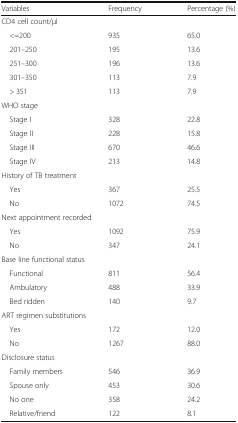
<table><thead><tr><td><b>Variables</b></td><td><b>Frequency</b></td><td><b>Percentage (%)</b></td></tr></thead><tbody><tr><td colspan="3">CD4 cell count/μl</td></tr><tr><td> &lt;=200</td><td>935</td><td>65.0</td></tr><tr><td> 201–250</td><td>195</td><td>13.6</td></tr><tr><td> 251–300</td><td>196</td><td>13.6</td></tr><tr><td> 301–350</td><td>113</td><td>7.9</td></tr><tr><td> &gt; 351</td><td>113</td><td>7.9</td></tr><tr><td colspan="3">WHO stage</td></tr><tr><td> Stage I</td><td>328</td><td>22.8</td></tr><tr><td> Stage II</td><td>228</td><td>15.8</td></tr><tr><td> Stage III</td><td>670</td><td>46.6</td></tr><tr><td> Stage IV</td><td>213</td><td>14.8</td></tr><tr><td colspan="3">History of TB treatment</td></tr><tr><td> Yes</td><td>367</td><td>25.5</td></tr><tr><td> No</td><td>1072</td><td>74.5</td></tr><tr><td colspan="3">Next appointment recorded</td></tr><tr><td> Yes</td><td>1092</td><td>75.9</td></tr><tr><td> No</td><td>347</td><td>24.1</td></tr><tr><td colspan="3">Base line functional status</td></tr><tr><td> Functional</td><td>811</td><td>56.4</td></tr><tr><td> Ambulatory</td><td>488</td><td>33.9</td></tr><tr><td> Bed ridden</td><td>140</td><td>9.7</td></tr><tr><td colspan="3">ART regimen substitutions</td></tr><tr><td> Yes</td><td>172</td><td>12.0</td></tr><tr><td> No</td><td>1267</td><td>88.0</td></tr><tr><td colspan="3">Disclosure status</td></tr><tr><td> Family members</td><td>546</td><td>36.9</td></tr><tr><td> Spouse only</td><td>453</td><td>30.6</td></tr><tr><td> No one</td><td>358</td><td>24.2</td></tr><tr><td> Relative/friend</td><td>122</td><td>8.1</td></tr></tbody></table>